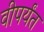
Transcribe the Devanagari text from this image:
वीपर्यंत